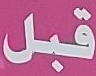
قبل